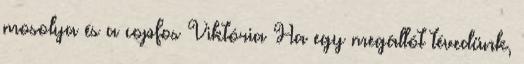
mosolya és a copfos Viktória Ha egy megállót tévedünk,